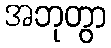
အဘုတွာ